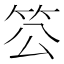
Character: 䇗